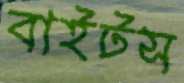
বাইটস